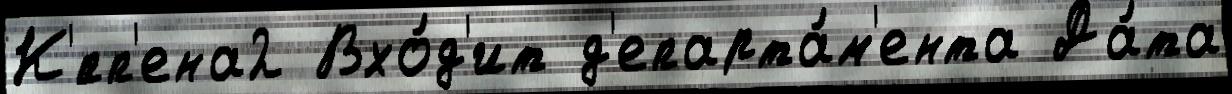
К'́пп'ена2 Вхо́д'ит д'епарта́м'ента Да́та